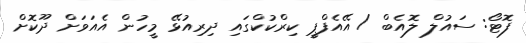
ފޮޓޯ: ސައުލް ލޮއެބް / އޭއެފްޕީ ކިރްކުކްގައި ދިރިއުޅޭ މީހުން އެއަވަށް ދޫކޮށް